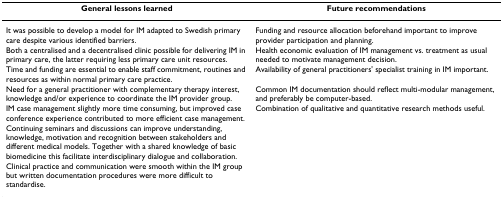
<table><thead><tr><td><b>General lessons learned</b></td><td><b>Future recommendations</b></td></tr></thead><tbody><tr><td>It was possible to develop a model for IM adapted to Swedish primary care despite various identified barriers.</td><td>Funding and resource allocation beforehand important to improve provider participation and planning.</td></tr><tr><td>Both a centralised and a decentralised clinic possible for delivering IM in primary care, the latter requiring less primary care unit resources.</td><td>Health economic evaluation of IM management vs. treatment as usual needed to motivate management decision.</td></tr><tr><td>Time and funding are essential to enable staff commitment, routines and resources as within normal primary care practice.</td><td>Availability of general practitioners&#x27; specialist training in IM important.</td></tr><tr><td>Need for a general practitioner with complementary therapy interest, knowledge and/or experience to coordinate the IM provider group.</td><td>Common IM documentation should reflect multi-modular management, and preferably be computer-based.</td></tr><tr><td>IM case management slightly more time consuming, but improved case conference experience contributed to more efficient case management.</td><td>Combination of qualitative and quantitative research methods useful.</td></tr><tr><td>Continuing seminars and discussions can improve understanding, knowledge, motivation and recognition between stakeholders and different medical models. Together with a shared knowledge of basic biomedicine this facilitate interdisciplinary dialogue and collaboration.</td><td></td></tr><tr><td>Clinical practice and communication were smooth within the IM group but written documentation procedures were more difficult to standardise.</td><td></td></tr></tbody></table>